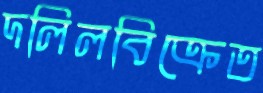
দলিলবিক্রেত